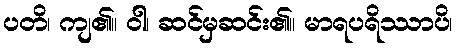
ပတိ၊ ကျ၏။ ဝါ၊ ဆင်မှဆင်း၏။ မာရပရိဿာပိ၊